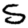
Digit: 5